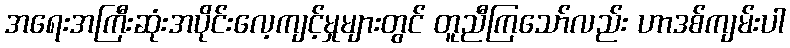
အရေးအကြီးဆုံးအပိုင်းလေ့ကျင့်မှုများတွင် တူညီကြသော်လည်း ဟာဒစ်ကျမ်းပါ